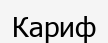
Кариф